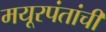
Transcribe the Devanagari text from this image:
मयूरपंतांची